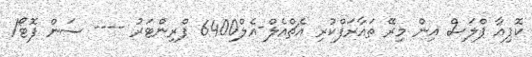
ކޮޕިއާ ޕްލަސް އިން މިރޭ ތައާރަފްކުރި އެޗްއެލް-އެލް6400 ޕްރިންޓަރު ---- ސަން ފޮޓޯ/